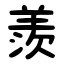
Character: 羨